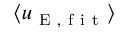
\langle u _ { \mathrm { ~ E ~ , ~ f ~ i ~ t ~ } } \rangle